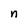
Character: n